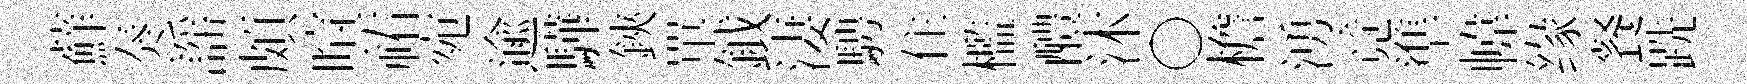
蘚奏謡頗喧祐宛逾驊鋏單鉞淒騁住檻醴沐〇檐湧竟準幃缘餐跣